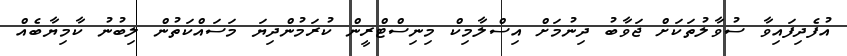
އުފެދިފައިވާ ސުވާލުތަކަށް ޖަވާބު ދިނުމަށް އިސްލާމިކް މިނިސްޓްރީން ކުރަމުންދިޔަ މަސައްކަތުން ލިބުނު ކާމިޔާބެއް